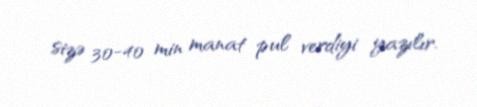
sizə 30-40 min manat pul verdiyi yazılır.